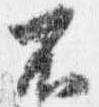
不